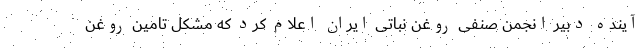
آینده دبیر انجمن صنفی روغن نباتی ایران اعلام کرد که مشکل تامین روغن